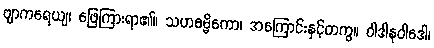
ဗျာကရေယျ၊ ဖြေကြားရာ၏။ သဟဓမ္မိကော၊ အကြောင်းနှင့်တကွ။ ဝါဒါနုဝါဒေါ၊